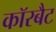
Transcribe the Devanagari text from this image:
कॉरबैट